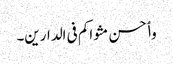
وٲحسن مثواکم فی الدارین۔